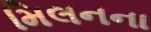
મિલનના